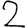
Digit: 2